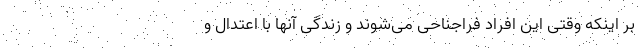
بر اینکه وقتی این افراد فراجناحی می‌شوند و زندگی آنها با اعتدال و